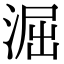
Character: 淈